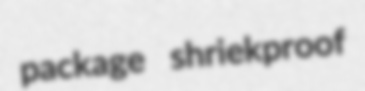
package shriekproof